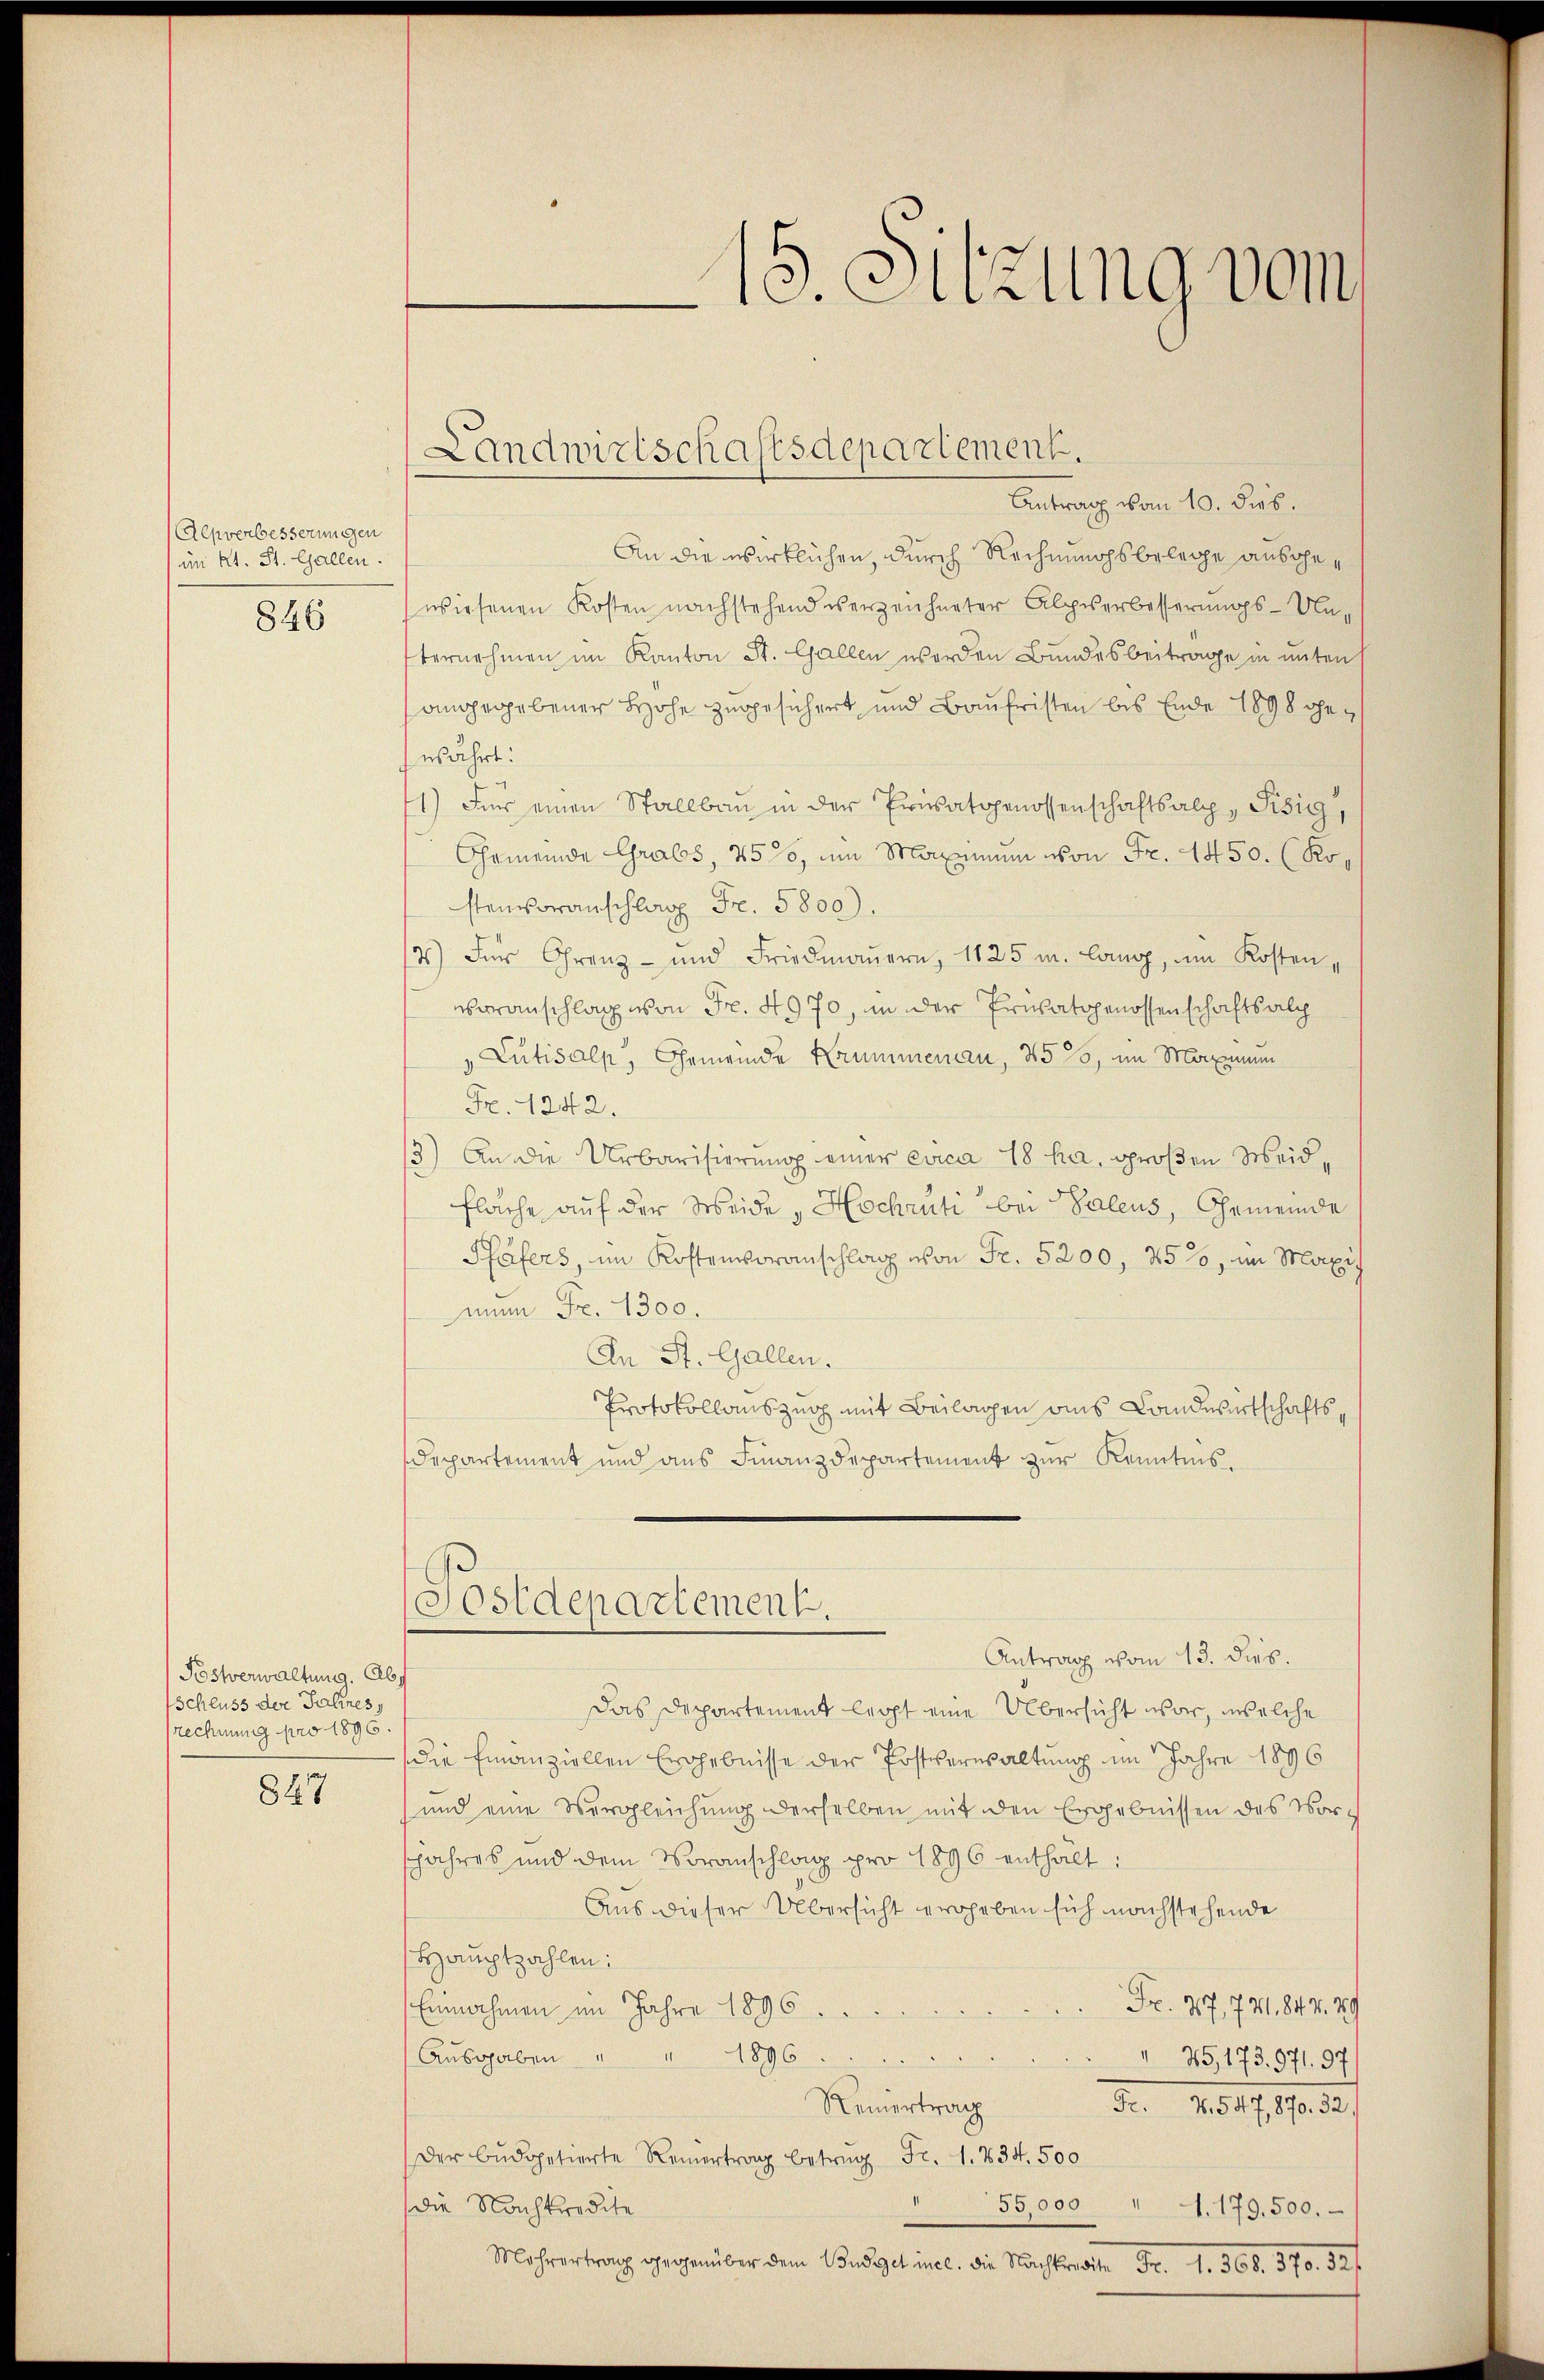
Alpverbesserungen
im Kt. St. Gallen.
846

Postverwaltung. Abs
Schluss der Salines
rechnung pro 1896.

847

Antrag vom 10. dies.
An die wirklichen, durch Rechnungsbelege ausgewiesenen Kosten nachstehend verzeichneter Alpserbesserungs-Unternehmen im Kanton St. Gallen worden Bundesbeitrage in untens
angegebener Höhe zugesichert und Baufristen bis Ende 1898 ohne
währt:
1) Für einen Stallbaŭ in der Privatgenossenschaftsalp, Risig,
Gemeinde Grabs, 451, um Maximum von Fr. 1450. (Kostenvoranschlag Fr. 5800).
2) Für Grenz- und Friedmauern, 1125 u. lang, im Kosten,
seranschlag von Fr. 4970, in der Ernsatgenossenschaftsalp
Lutisalp, Gemeinde Krummenau, 45, im Maximum
Fr. 1242.
3) An die Urbarisierung einer circa 18 ha, großen Weid¬
Fläche auf der Weide Hochrüti bei Valens, Gemeinde
Päfers im Kostenvoranschlag von Fr. 5200, 25%, im Maxi
mun Fr. 1300.
An St. Gallen.
Protokollauszug mit Beilagen ains Landwirtschafts¬
Deppartement und aus Finanzdepartement zur Kenntnis¬

15. Sitzung vom

Landwirtschaftsdepartement.

(Postdepartement.

Antrag vom 13. dies.
Das Departement legt eine Übersicht war, welche
die Finanziellen Ergebnisse der Postverwaltung im Jahre 1896
und eine Vergleichung derselben mit den Ergebnissen des Vorjahres und dem Voranschlag pro 1896 enthalt:
Aus dieser Übersicht erheben sich nachstehende
Hauptzahlen:
Fr. 27, 731. 84. v. 29
Einnahmen im Jahre 1896.
Aŭsgaben " " 1896.
 25, 173. 971. 97)
Reinertrag
Fr. 101. 2.
Der Bŭdopetierte Reinertrag betrag Fr. 1. 434. 500
55,000
(die Nachkredite
1. 179. 500.
Mehrertrag gegenüber dem Budget incl. die Nachkredite Fr. 1. 368. 370. 521.